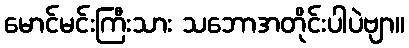
မောင်မင်းကြီးသား သဘောအတိုင်းပါပဲဗျာ။